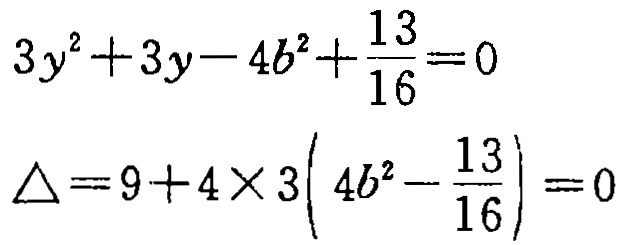
\[
\begin{align*}
3y^{2}+3y - 4b^{2}+\frac{13}{16}&=0\\
\Delta&=9 + 4\times3\left(4b^{2}-\frac{13}{16}\right)=0
\end{align*}
\]